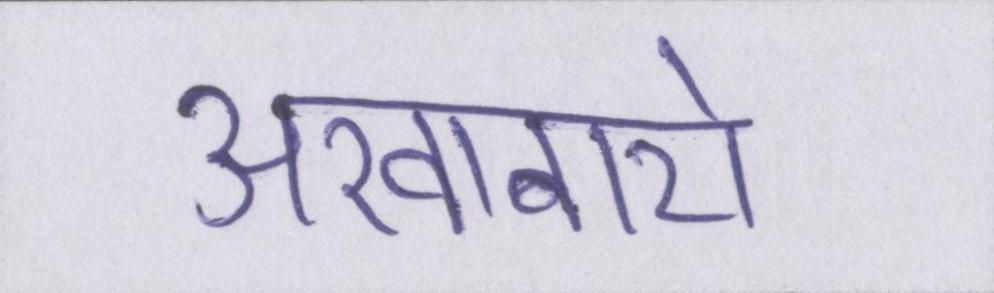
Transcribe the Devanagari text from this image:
अखाबारो